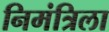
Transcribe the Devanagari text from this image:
निमंत्रिला